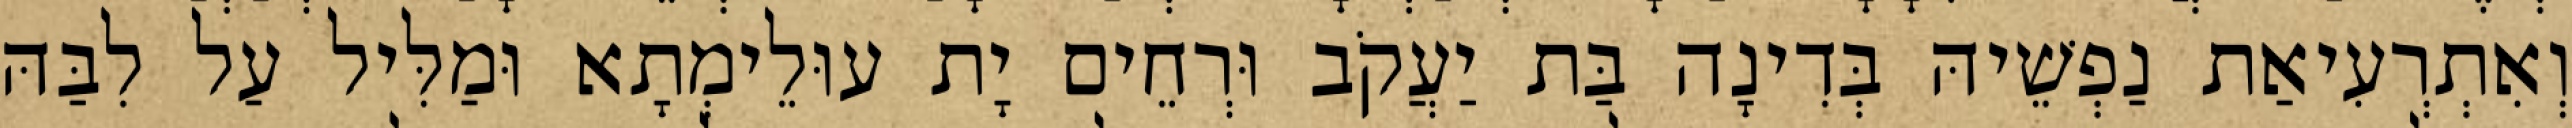
וְאִתְרְעִיאַת נַפְשֵׁיהּ בְּדִינָה בַּת יַעֲקֹב וּרְחֵים יָת עוּלֵימְתָא וּמַלִּיל עַל לִבַּהּ